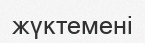
жүктемені